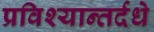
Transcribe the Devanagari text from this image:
प्रविश्यान्तर्दधे